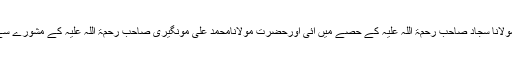
اس سلسلے میں مسلمانوں کی قیادت اور رہنمائی کی سعادت حضرت ابوالمحاسن مولانا سجاد صاحب رحمۃ اللہ علیہ کے حصے میں آئی اورحضرت مولانامحمد علی مونگیری صاحب رحمۃ اللہ علیہ کے مشورے سے سب سے پہلے امیر شریعت حضرت مولانا شاہ بدرالدین صاحب منتخب ہوئے ۔